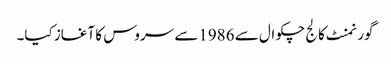
گورنمنٹ کالج چکوال سے 1986سے سروس کا آغاز کیا۔